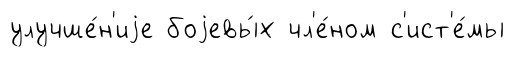
улучше́н'иjе боjевы́х чл'е́ном с'ист'е́мы